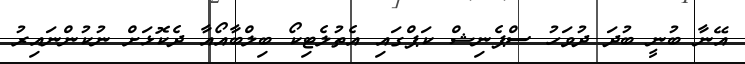
އޭނާ ބުނީ ބުދަ ދުވަހު ސްޕެނިޝް ކަޕްގައި އެތުލެޓިކޯ ބިލްބާއޯއާ ދެކޮޅަށް ނުކުންނައިރު